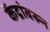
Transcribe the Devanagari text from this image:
केंद्रांवरुन